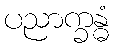
ပညာက္ခန္ဓံ